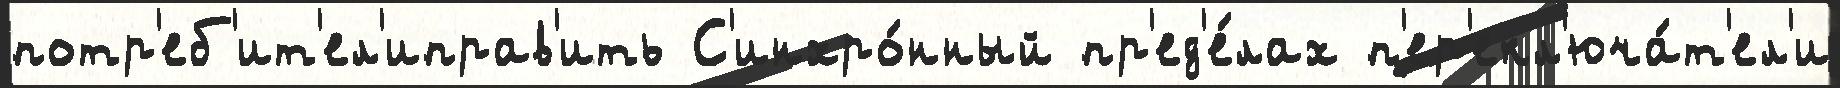
потр'еб'ит'ел'иправ'ить С'инхро́нный пр'ед'е́лах п'ер'екл'юча́т'ел'и